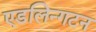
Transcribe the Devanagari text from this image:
एडलिन्गटन